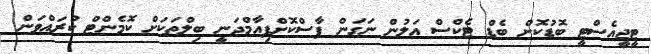
ޓީޖީއެސްޓީ ބޮޑުކޮށް ބެޑް ޓެކްސް އަލުން ނަގަން ފާސްކޮށްފިއާމްދަނީ ބިލްތަކަށް ކޮމެންޓް ކުރައްވަން